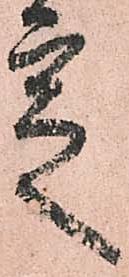
定